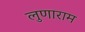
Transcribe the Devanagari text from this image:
लुणाराम